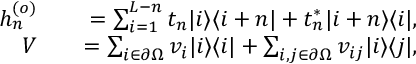
\begin{array} { r l r } { h _ { n } ^ { ( o ) } } & { } & { = \sum _ { i = 1 } ^ { L - n } t _ { n } | i \rangle \langle i + n | + t _ { n } ^ { \ast } | i + n \rangle \langle i | , } \\ { V } & { } & { = \sum _ { i \in \partial \Omega } v _ { i } | i \rangle \langle i | + \sum _ { i , j \in \partial \Omega } v _ { i j } | i \rangle \langle j | , } \end{array}